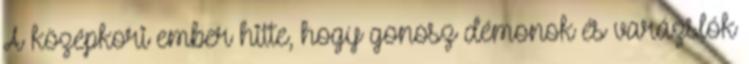
A középkori ember hitte, hogy gonosz démonok és varázslók